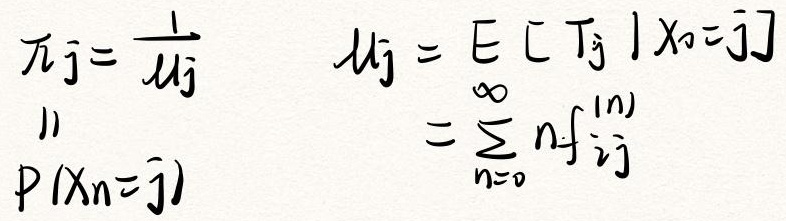
\[
\begin{align*}
\pi_j&=\frac{1}{\mu_j}\\
\mu_j&=E[T_j\mid X_0 = j]\\
&=\sum_{n = 0}^{\infty}nf_{jj}^{(n)}\\
P(X_n = j)&
\end{align*}
\]